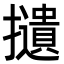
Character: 𢸦